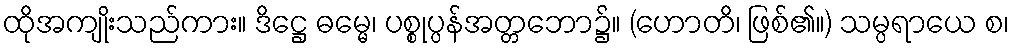
ထိုအကျိုးသည်ကား။ ဒိဋ္ဌေ ဓမ္မေ၊ ပစ္စုပ္ပန်အတ္တဘော၌။ (ဟောတိ၊ ဖြစ်၏။) သမ္ပရာယေ စ၊